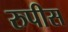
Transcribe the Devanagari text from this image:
रुपीस